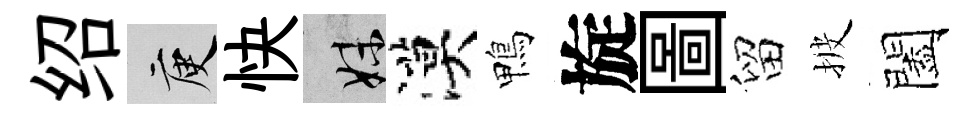
绍庾快妹漠鴨旋圖留披闔